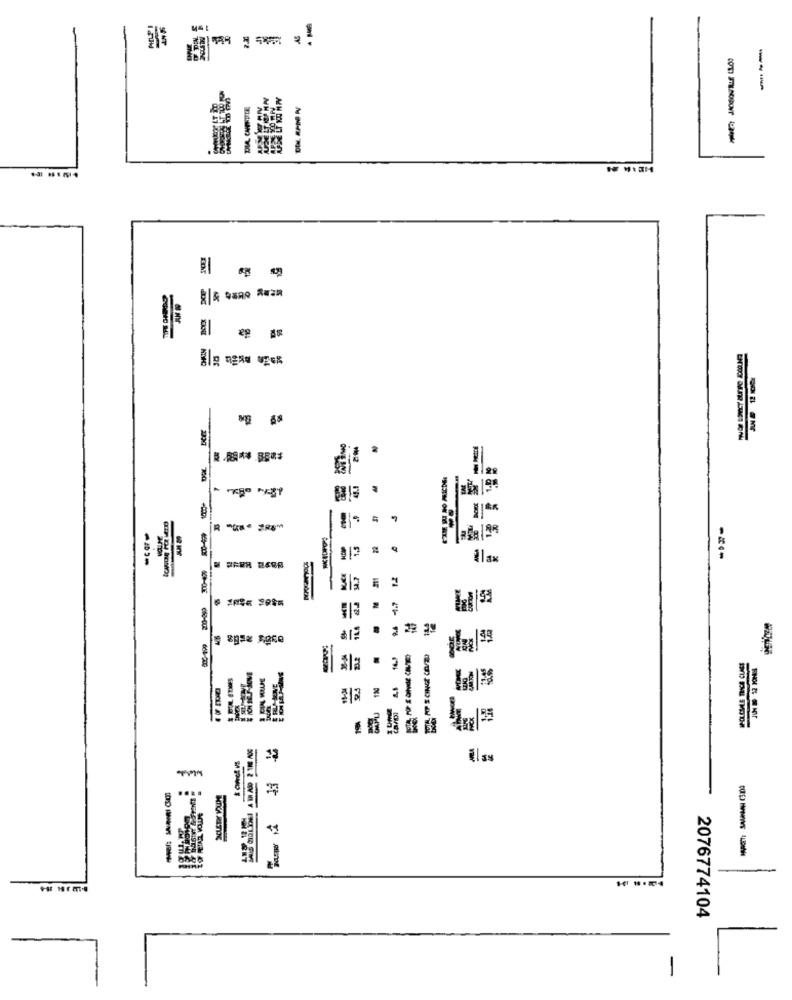
---
DIA CHANUTE
M
1.1
El ax
---
16.8
.
11
....
7
MTCA THIN D
2076774104